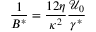
\frac { 1 } { B ^ { * } } = \frac { 1 2 \eta } { \kappa ^ { 2 } } \frac { \mathcal { U } _ { 0 } } { \gamma ^ { * } }